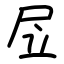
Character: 㞐